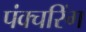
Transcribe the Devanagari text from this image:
पंक्चरिंग